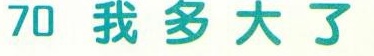
70 我多大了